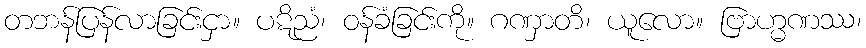
တဘန်ပြန်လာခြင်းငှာ။ ပဋိညံ၊ ဝန်ခံခြင်းကို။ ဂဏှာတိ၊ ယူလော။ ဗြာဟ္မဏဿ၊